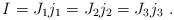
LaTeX: \begin{align*} I = J_1j_1 = J_2j_2 = J_3j_3 ~.\end{align*}